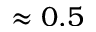
\approx 0 . 5